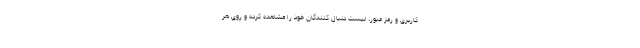
کاربری و رمز عبور، لیست دنبال کنندگان خود را مشاهده کرده و روی هر